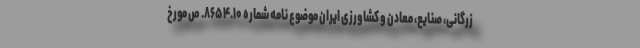
زرگانی، صنایع، معادن و کشاورزی ایران موضوع نامه شماره ۸۶۵۴.۱۰. ص مورخ